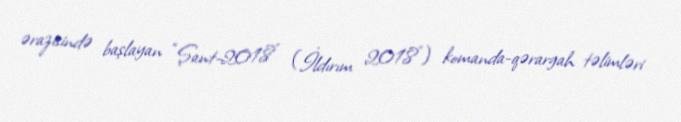
ərazisində başlayan “Şant-2018" (İldırım 2018") komanda-qərargah təlimləri